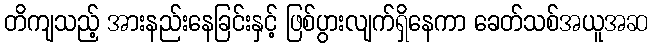
တိကျသည့် အားနည်းနေခြင်းနှင့် ဖြစ်ပွားလျက်ရှိနေကာ ခေတ်သစ်အယူအဆ